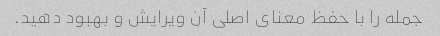
جمله را با حفظ معنای اصلی آن ویرایش و بهبود دهید.